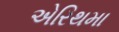
એરિથમા